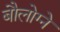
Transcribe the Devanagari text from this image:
बौलोग्ने